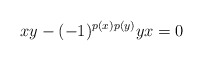
\begin{align*}xy - (-1)^{p(x)p(y)} yx = 0\end{align*}